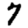
Digit: 7